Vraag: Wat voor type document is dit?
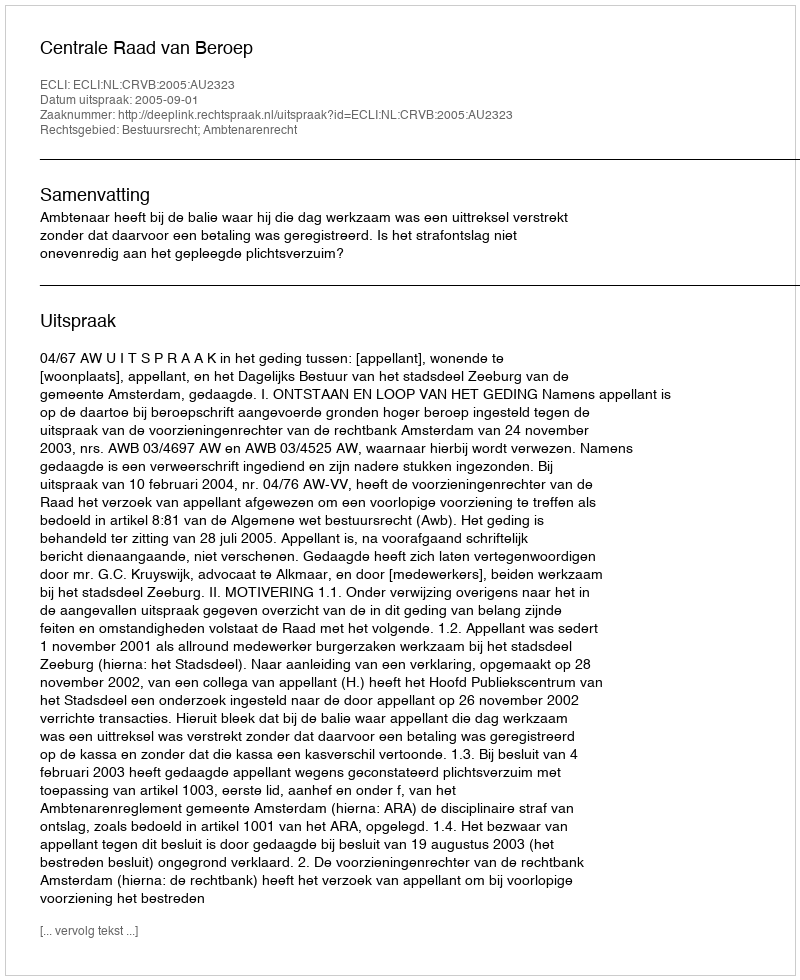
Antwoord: Uitspraak